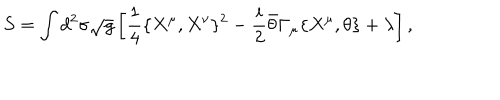
S = \int d ^ { 2 } \sigma \sqrt { g } \left[ \frac { 1 } { 4 } \{ X ^ { \mu } , X ^ { \nu } \} ^ { 2 } - \frac { i } { 2 } \bar { \theta } \Gamma _ { \mu } \{ X ^ { \mu } , \theta \} + \lambda \right] ,